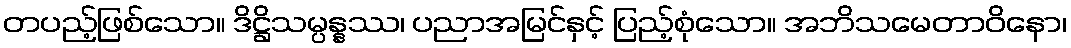
တပည့်ဖြစ်သော။ ဒိဋ္ဌိသမ္ပန္နဿ၊ ပညာအမြင်နှင့် ပြည့်စုံသော။ အဘိသမေတာဝိနော၊